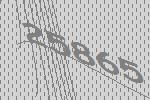
25865